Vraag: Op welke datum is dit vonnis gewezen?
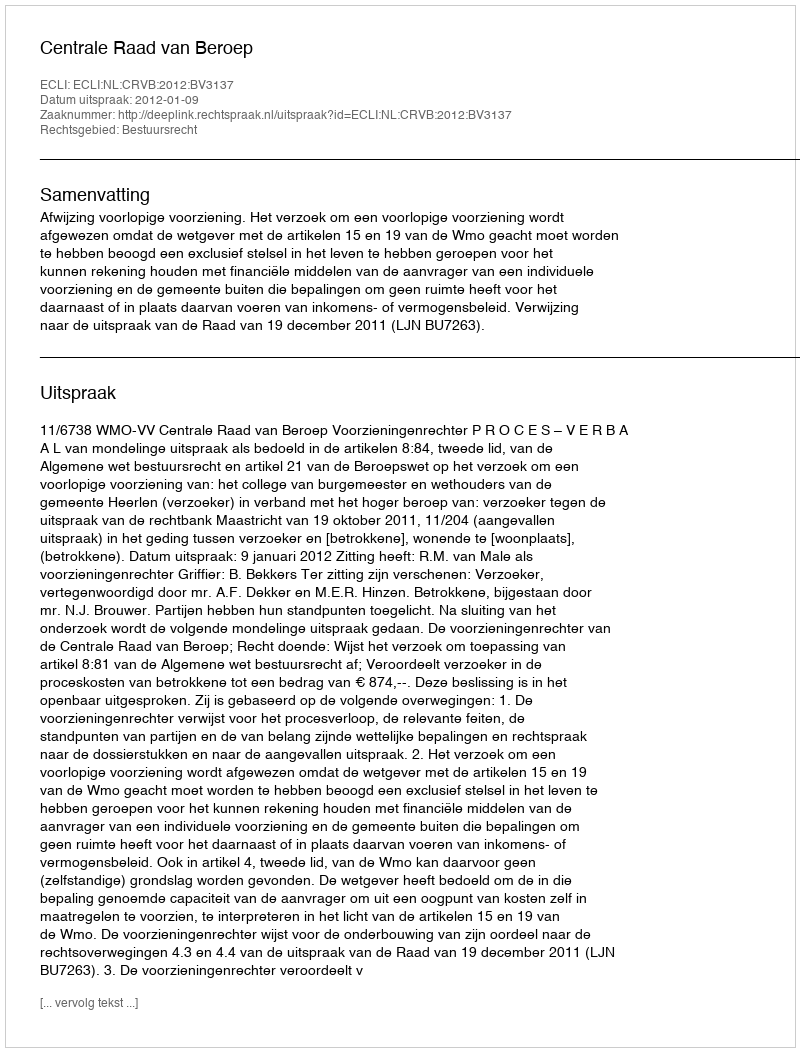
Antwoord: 2012-01-09